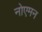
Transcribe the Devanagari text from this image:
नोएमन